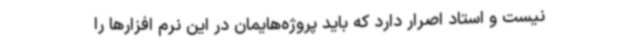
نیست و استاد اصرار دارد که باید پروژه‌هایمان در این نرم افزارها را